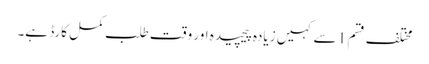
مختلف قسم 1 سے کہیں زیادہ پیچیدہ اور وقت طلب کمل کارڈ ہے۔